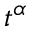
t ^ { \alpha }